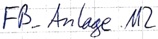
Text: FB_Anlage.M2